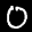
Label: 0